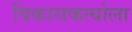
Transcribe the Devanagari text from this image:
विकासकर्त्याला